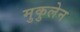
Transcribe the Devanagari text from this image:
मुकुलेन